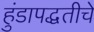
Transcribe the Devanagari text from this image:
हुंडापद्धतीचे